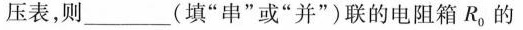
压表，则____(填”串”或”并”)联的电阻箱R_{0}的